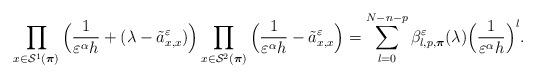
LaTeX: \begin{align*} \prod_{x\in\mathcal{S}^1(\boldsymbol{\pi})}\Big(\frac{1}{\varepsilon^\alpha h}+(\lambda-\tilde{a}^\varepsilon_{x,x})\Big) \prod_{x\in\mathcal{S}^2(\boldsymbol{\pi})}\Big(\frac{1}{\varepsilon^\alpha h}-\tilde{a}^\varepsilon_{x,x}\Big) =\sum_{l=0}^{N-n-p}\beta^\varepsilon_{l,p,\boldsymbol{\pi}}(\lambda)\Big(\frac{1}{\varepsilon^{\alpha}h}\Big)^l.\end{align*}